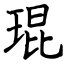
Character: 琨